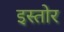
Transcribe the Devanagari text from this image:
इस्तोर